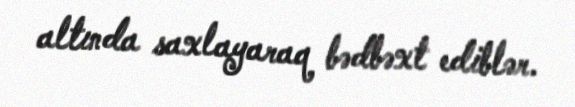
altında saxlayaraq bədbəxt ediblər.